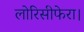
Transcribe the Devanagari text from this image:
लोरिसीफेरा।